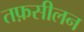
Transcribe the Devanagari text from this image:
तफ़सीलन